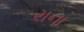
રાના